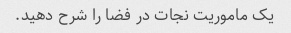
یک ماموریت نجات در فضا را شرح دهید.